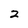
Character: 2